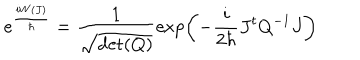
e ^ { \frac { i W ( J ) } { \hbar } } = \frac { 1 } { \sqrt { \det ( Q ) } } \exp \left( - \frac { i } { 2 \hbar } J ^ { t } Q ^ { - 1 } J \right)